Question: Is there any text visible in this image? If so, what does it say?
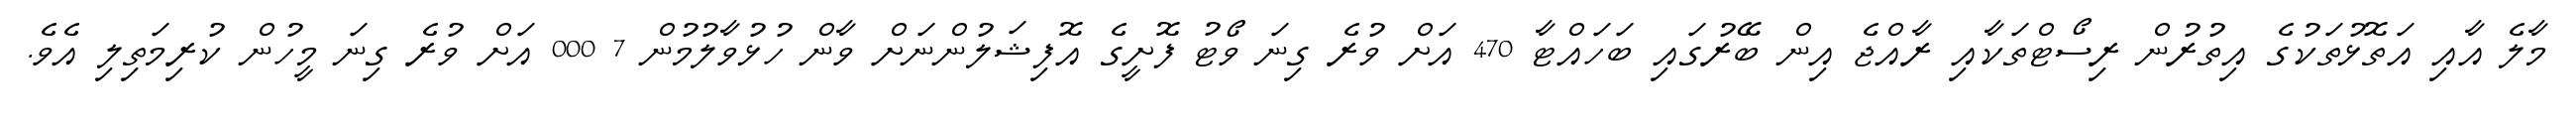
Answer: މާލެ އާއި އަތޮޅުތަކުގެ އިތުރުން ރިސޯޓްތަކާއި ރާއްޖެ އިން ބޭރުގައި ބަހައްޓާ 470 އަށް ވުރެ ގިނަ ވޯޓު ފޮށީގެ އޮފިޝަލުންނަށް ވާން ހުޅުވާލުމުން 7 000 އަށް ވުރެ ގިނަ މީހުން ކުރިމަތިލި އެވެ.